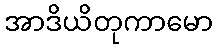
အာဒိယိတုကာမော